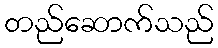
တည်ဆောက်သည်